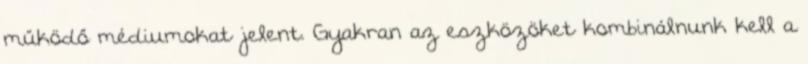
működő médiumokat jelent. Gyakran az eszközöket kombinálnunk kell a